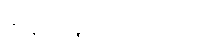
ကျွန်မ မျှော်လင့်ထားသည်။